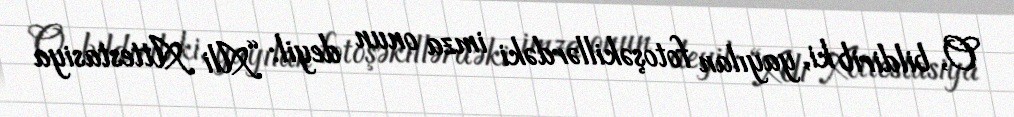
O, bildirib ki, yayılan fotoşəkillərdəki imza onun deyil: “Ali Attestasiya